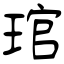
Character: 琯